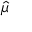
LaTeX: \textstyle { \hat { \mu } }